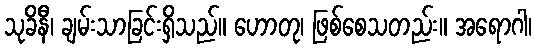
သုခိနီ၊ ချမ်းသာခြင်းရှိသည်။ ဟောတု၊ ဖြစ်စေသတည်း။ အရောဂါ၊